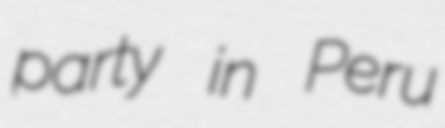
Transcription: party in Peru